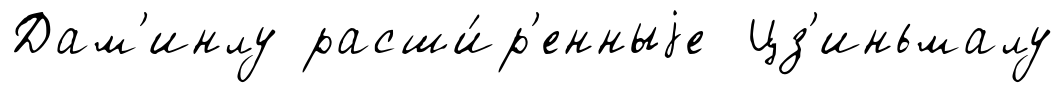
Дам'инлу расши́р'енныjе Цз'иньмалу